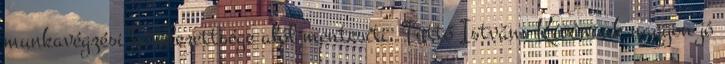
munkavégzési kötelezettsége alól mentesíti. Tüttő István: Kívánunk nagyon jó